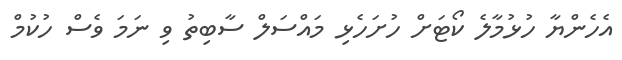
އެހެންޔާ ހުޅުމާލެ ކޯޓަށް ހުށަހެޅި މައްސަލް ސާބިތު ވި ނަމަ ވެސް ހުކުމް